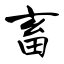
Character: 畜